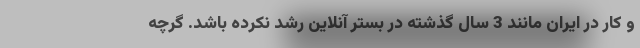
و کار در ایران مانند 3 سال گذشته در بستر آنلاین رشد نکرده باشد. گرچه